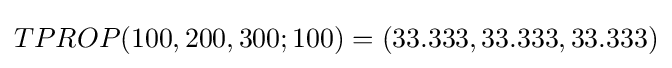
TPROP(100,200,300;100)=(33.333,33.333,33.333)